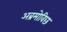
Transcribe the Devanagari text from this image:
अब्रमोविछ